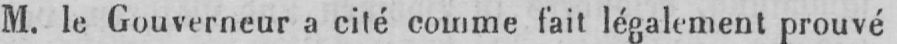
M. le Gouverneur a cité comme fait légalement prouvé